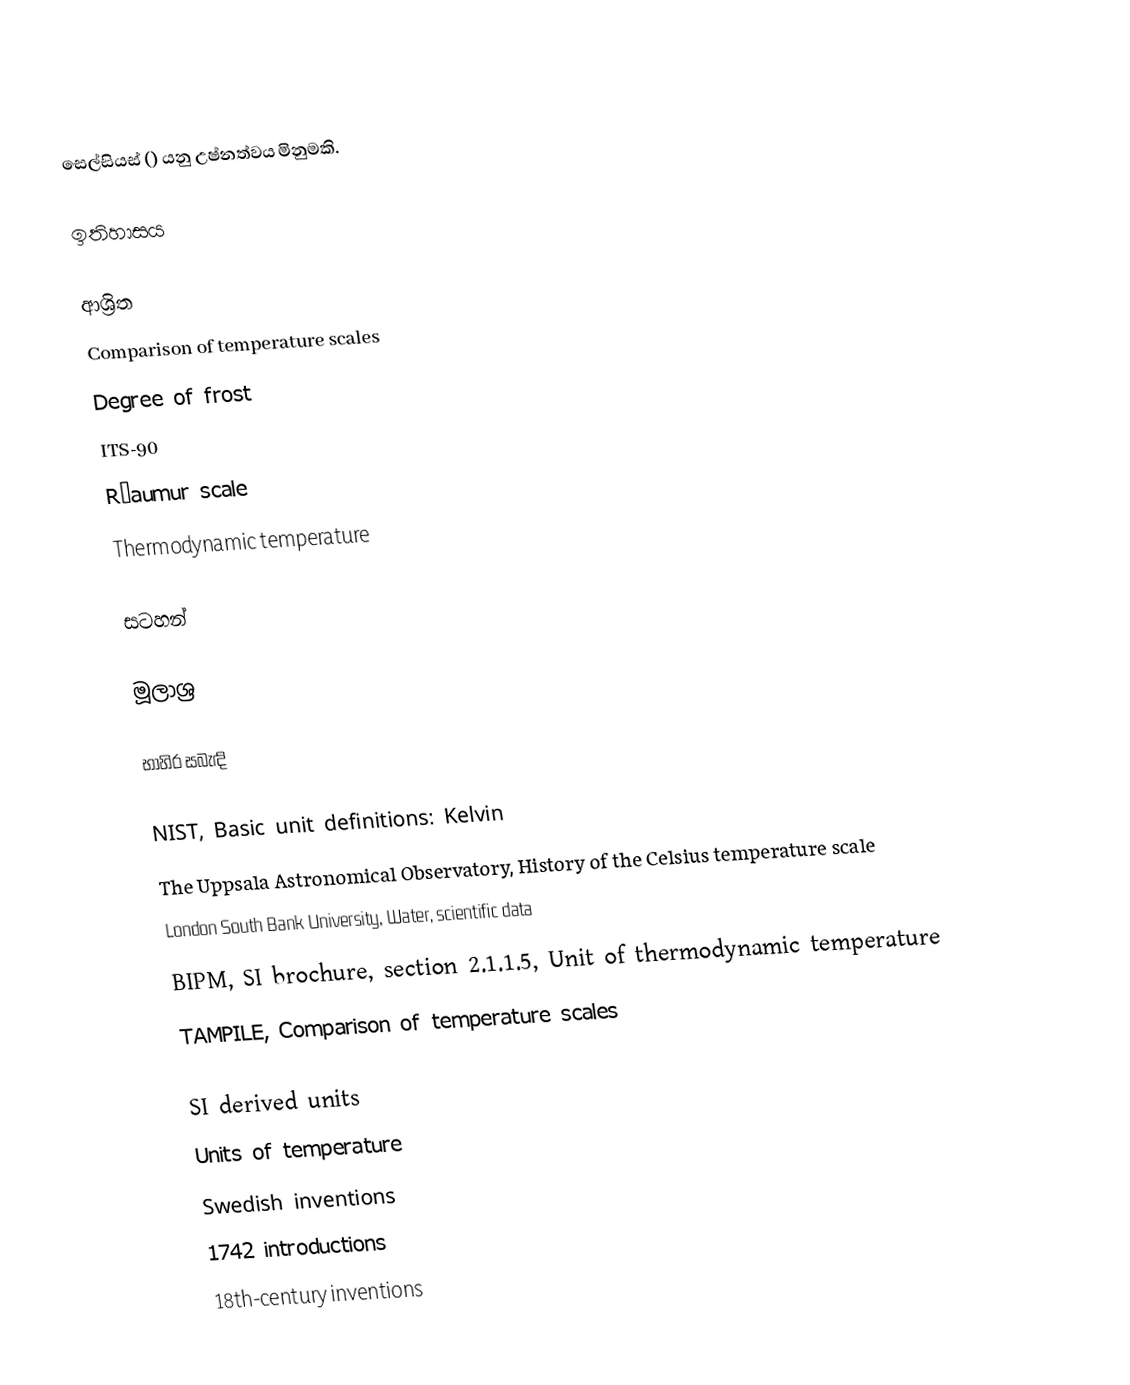
සෙල්සියස් () යනු උෂ්නත්වය මිනුමකි.

ඉතිහාසය

ආශ්‍රිත
Comparison of temperature scales
Degree of frost
ITS-90
Réaumur scale
Thermodynamic temperature

සටහන්

මූලාශ්‍ර

භාහිර සබැඳි

NIST, Basic unit definitions: Kelvin
The Uppsala Astronomical Observatory, History of the Celsius temperature scale
London South Bank University, Water, scientific data
BIPM, SI brochure, section 2.1.1.5, Unit of thermodynamic temperature
TAMPILE, Comparison of temperature scales

SI derived units
Units of temperature
Swedish inventions
1742 introductions
18th-century inventions